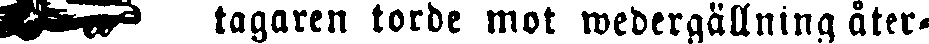
☞ tagaren torde mot wedergällning åter-